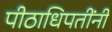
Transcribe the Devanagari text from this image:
पीठाधिपतींनी